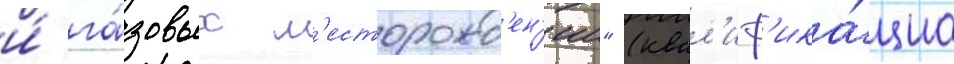
и́ га́зовых м'есторожд'ен'ии" (квал'иф'ика́циа